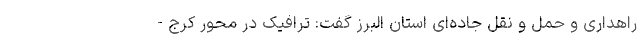
راهداری و حمل و نقل جاده‌ای استان البرز گفت: ترافیک در محور کرج -